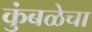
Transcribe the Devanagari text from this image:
कुंबळेचा